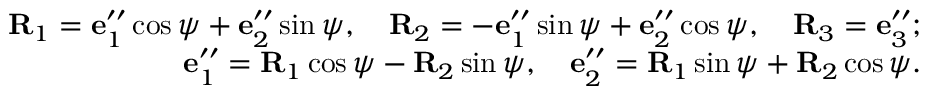
\begin{array} { r } { { \bf R } _ { 1 } = { \bf e } _ { 1 } ^ { \prime \prime } \cos \psi + { \bf e } _ { 2 } ^ { \prime \prime } \sin \psi , \quad { \bf R } _ { 2 } = - { \bf e } _ { 1 } ^ { \prime \prime } \sin \psi + { \bf e } _ { 2 } ^ { \prime \prime } \cos \psi , \quad { \bf R } _ { 3 } = { \bf e } _ { 3 } ^ { \prime \prime } ; } \\ { { \bf e } _ { 1 } ^ { \prime \prime } = { \bf R } _ { 1 } \cos \psi - { \bf R } _ { 2 } \sin \psi , \quad { \bf e } _ { 2 } ^ { \prime \prime } = { \bf R } _ { 1 } \sin \psi + { \bf R } _ { 2 } \cos \psi . } \end{array}